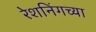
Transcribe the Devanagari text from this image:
रेशनिंगच्या